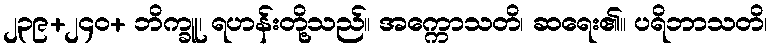
၂၃၉+၂၄၀+ ဘိက္ခူ၊ ရဟန်းတို့သည်။ အက္ကောသတိ၊ ဆရေး၏။ ပရိဘာသတိ၊